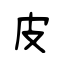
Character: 皮